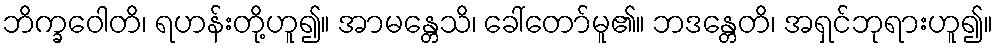
ဘိက္ခဝေါတိ၊ ရဟန်းတို့ဟူ၍။ အာမန္တေသိ၊ ခေါ်တော်မူ၏။ ဘဒန္တေတိ၊ အရှင်ဘုရားဟူ၍။